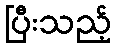
ပြီးသည့်